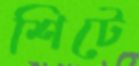
শিটে